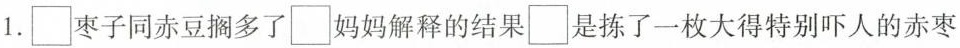
1.\square 枣子同赤豆搁多了\square 妈妈解释的结果\square 是练了一枚大得特别吓人的赤枣